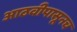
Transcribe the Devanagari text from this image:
आठवीपासूनच